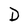
Character: D